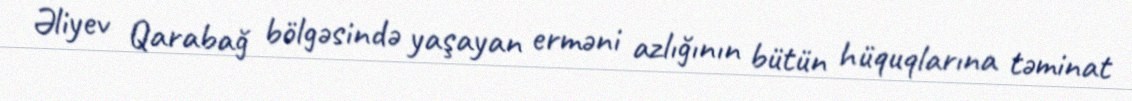
Əliyev Qarabağ bölgəsində yaşayan erməni azlığının bütün hüquqlarına təminat